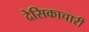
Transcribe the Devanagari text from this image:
देसिकाचारी